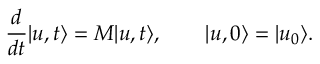
\frac { d } { d t } | u , t \rangle = M | u , t \rangle , \qquad | u , 0 \rangle = | u _ { 0 } \rangle .